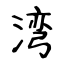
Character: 湾